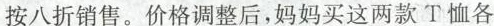
按八折销售。价格调整后，妈妈买这两款T恤各